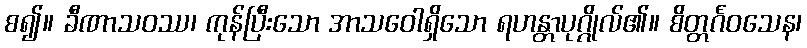
စ၍။ ခီဏာသဝဿ၊ ကုန်ပြီးသော အာသဝေါရှိသော ရဟန္တာပုဂ္ဂိုလ်၏။ စိတ္တင်္ဂဝသေန၊